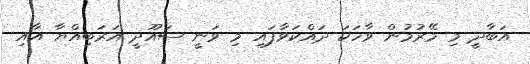
އަބާދީ މި މޭރުމުން ވާހަކަ ދައްކަވާފައި މި ވަނީ ސައޫދީ އަރަބިއްޔާ އާއި